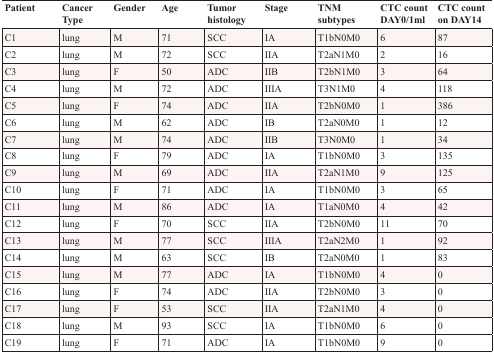
| Patient | Cancer Type | Gender | Age | Tumor histology | Stage | TNM subtypes | CTC count DAY0/1ml | CTC count on DAY14 |
 | --- | --- | --- | --- | --- | --- | --- | --- | --- |
 | C1 | lung | M | 71 | SCC | IA | T1bN0M0 | 6 | 87 |
 | C2 | lung | M | 72 | SCC | IIA | T2aN1M0 | 2 | 16 |
 | C3 | lung | F | 50 | ADC | IIB | T2bN1M0 | 3 | 64 |
 | C4 | lung | M | 72 | ADC | IIIA | T3N1M0 | 4 | 118 |
 | C5 | lung | F | 74 | ADC | IIA | T2bN0M0 | 1 | 386 |
 | C6 | lung | M | 62 | ADC | IB | T2aN0M0 | 1 | 12 |
 | C7 | lung | M | 74 | ADC | IIB | T3N0M0 | 1 | 34 |
 | C8 | lung | F | 79 | ADC | IA | T1bN0M0 | 3 | 135 |
 | C9 | lung | M | 69 | ADC | IIA | T2aN1M0 | 9 | 125 |
 | C10 | lung | F | 71 | ADC | IA | T1bN0M0 | 3 | 65 |
 | C11 | lung | M | 86 | ADC | IA | T1aN0M0 | 4 | 42 |
 | C12 | lung | F | 70 | SCC | IIA | T2bN0M0 | 11 | 70 |
 | C13 | lung | M | 77 | SCC | IIIA | T2aN2M0 | 1 | 92 |
 | C14 | lung | M | 63 | SCC | IB | T2aN0M0 | 1 | 83 |
 | C15 | lung | M | 77 | ADC | IA | T1bN0M0 | 4 | 0 |
 | C16 | lung | F | 74 | ADC | IIA | T2bN0M0 | 3 | 0 |
 | C17 | lung | F | 53 | SCC | IIA | T2aN1M0 | 4 | 0 |
 | C18 | lung | M | 93 | SCC | IA | T1bN0M0 | 6 | 0 |
 | C19 | lung | F | 71 | ADC | IA | T1bN0M0 | 9 | 0 |